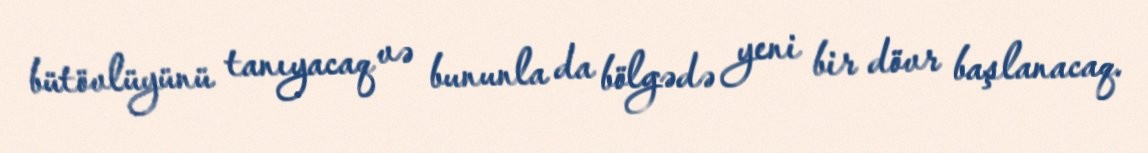
bütövlüyünü tanıyacaq və bununla da bölgədə yeni bir dövr başlanacaq.